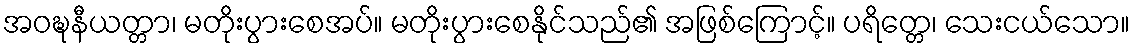
အဝဍ္ဎနီယတ္တာ၊ မတိုးပွားစေအပ်။ မတိုးပွားစေနိုင်သည်၏ အဖြစ်ကြောင့်။ ပရိတ္တေ၊ သေးငယ်သော။